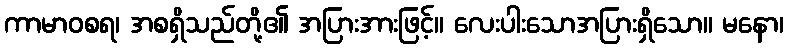
ကာမာဝစရ၊ အစရှိသည်တို့၏ အပြားအားဖြင့်။ လေးပါးသောအပြားရှိသော။ မနော၊